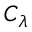
C _ { \lambda }